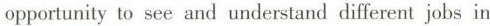
opportunity to see and understand different jobs in